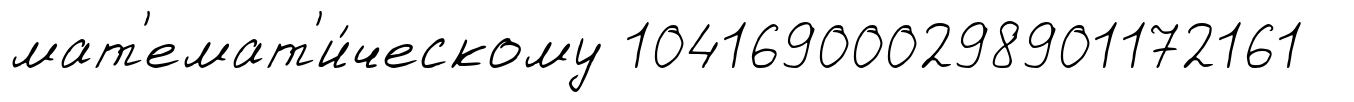
мат'емат'и́ческому 104169000298901172161